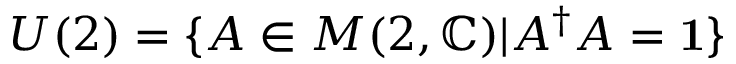
U ( 2 ) = \{ A \in M ( 2 , \mathbb { C } ) | A ^ { \dagger } A = { \bf 1 } \}